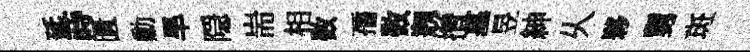
延蒔匱勳旱隠耑相数孺数剏攢墓昱紳乆夥舅斑